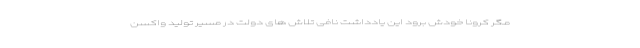
مگر كرونا خودش برود این یادداشت نافی تلاش های دولت در مسیر تولید واکسن